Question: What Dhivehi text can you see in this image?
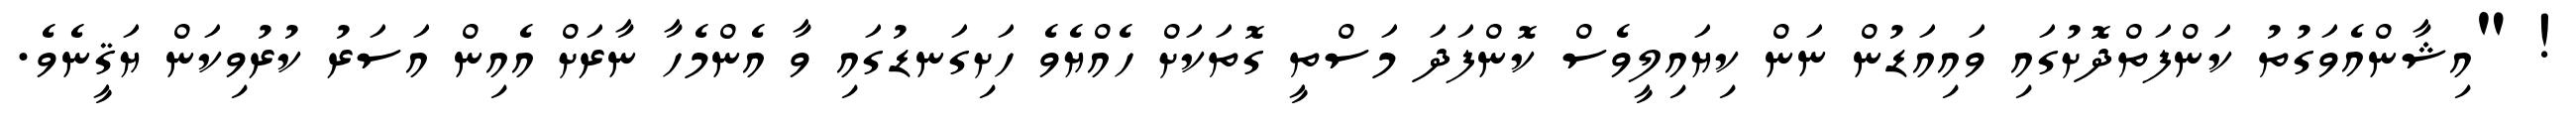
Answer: ! "އިޝާންއެވަގުތު ކަންފަތްދޮށުގައި ވައިއަޑުން ނަން ކިޔައިލީވެސް ކޮންފަދަ މަސްތީ ގޮތަކަށް ހެއްޔެވެ ހަށިގަނޑުގައި ވާ އެންމެހާ ނާރަށް އެއިން އަސަރު ކުރުވިކަން ޔަޤީނެވެ.